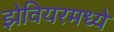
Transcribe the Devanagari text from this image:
झेवियरमध्ये